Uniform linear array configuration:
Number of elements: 4
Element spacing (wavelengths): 0.5
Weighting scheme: uniform
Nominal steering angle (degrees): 60
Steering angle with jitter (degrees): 58.455
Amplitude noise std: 0.05
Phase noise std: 0.05

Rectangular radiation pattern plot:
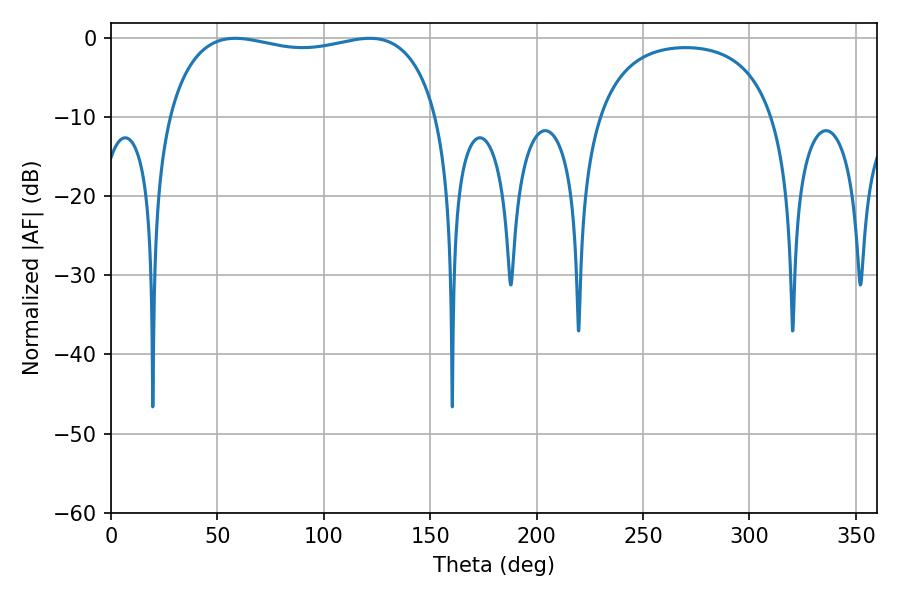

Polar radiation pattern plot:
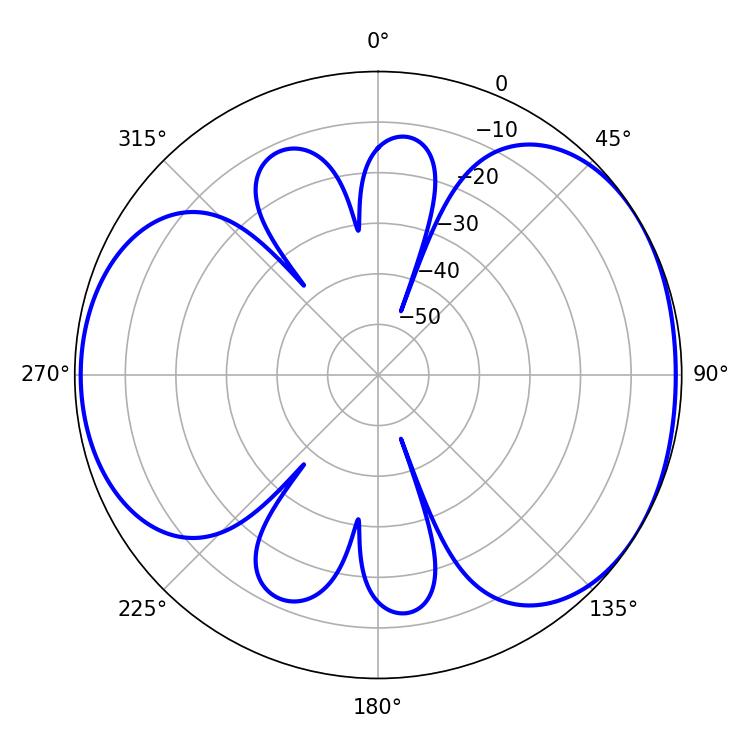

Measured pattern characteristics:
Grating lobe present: FALSE
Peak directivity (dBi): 4.547
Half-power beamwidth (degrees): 103.32
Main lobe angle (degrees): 58.5